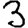
Digit: 3